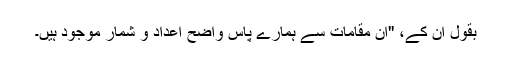
بقول اُن کے، ''اِن مقامات سے ہمارے پاس واضح اعداد و شمار موجود ہیں۔